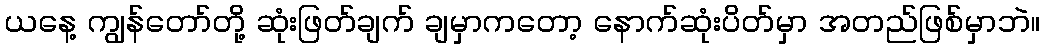
ယနေ့ ကျွန်တော်တို့ ဆုံးဖြတ်ချက် ချမှာကတော့ နောက်ဆုံးပိတ်မှာ အတည်ဖြစ်မှာဘဲ။